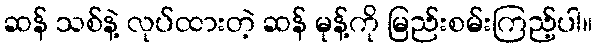
ဆန် သစ်နဲ့ လုပ်ထားတဲ့ ဆန် မုန့်ကို မြည်းစမ်းကြည့်ပါ။